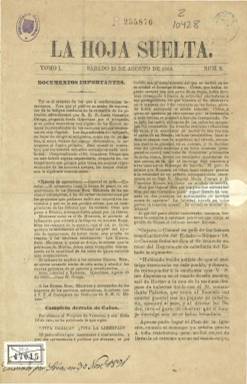
Título: La Hoja suelta (México)
Colección: Revistas de información general
Ámbito geográfico: México
Lugar de publicación: México
Fechas: 25/08/1860-25/08/1860